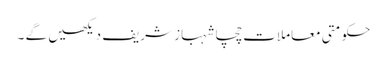
حکومتی معاملات چچا شہباز شریف دیکھیں گے ۔